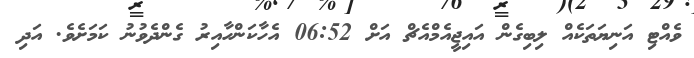
ވެއްޓި އަނިޔަތަކެއް ލިބިގެން އައިޖީއެމްއެޗް އަށް 06:52 އެހާކަންހާއިރު ގެންދެވުނު ކަމަށެވެ. އަދި